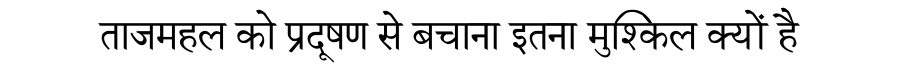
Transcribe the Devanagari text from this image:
ताजमहल को प्रदूषण से बचाना इतना मुश्किल क्यों है